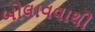
બોલાવવાથી